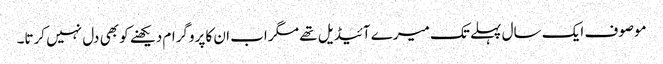
موصوف ایک سال پہلے تک میرے آئیڈیل تھے مگر اب ان کا پروگرام دیکھنے کو بھی دل نہیں کرتا۔